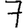
Digit: 7